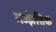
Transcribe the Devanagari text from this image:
मज्झंतिक